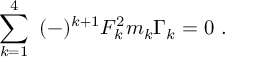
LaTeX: \sum _ { k = 1 } ^ { 4 } ~ ( - ) ^ { k + 1 } F _ { k } ^ { 2 } m _ { k } \Gamma _ { k } = 0 \ .